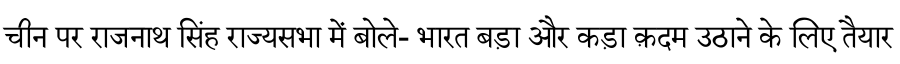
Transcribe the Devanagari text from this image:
चीन पर राजनाथ सिंह राज्यसभा में बोले- भारत बड़ा और कड़ा क़दम उठाने के लिए तैयार